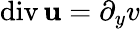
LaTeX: \mathrm{div}\, {\mathbf u}=\partial_{y}v